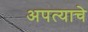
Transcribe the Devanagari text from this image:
अपत्याचे